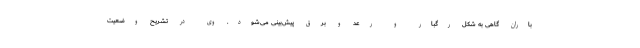
باران گاهی به شکل رگبار و رعد و برق پیش‌بینی می‌شود. وی در تشریح وضعیت